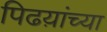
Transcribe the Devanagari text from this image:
पिढय़ांच्या